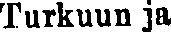
Turkuun ja